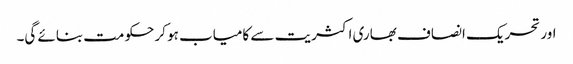
اور تحریک انصاف بھاری اکثریت سے کامیاب ہو کر حکومت بنائے گی۔